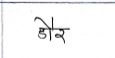
मजकूर: डौर